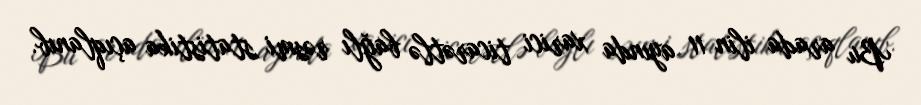
Bu arada ilin 11 ayında xarici ticarətlə bağlı rəsmi statistika açıqlanıb.